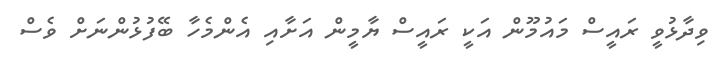
ވިދާޅުވީ ރައީސް މައުމޫން އަކީ ރައީސް ޔާމީން އަށާއި އެންމެހާ ބޭފުޅުންނަށް ވެސް